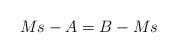
LaTeX: \begin{align*}Ms-A=B-Ms\end{align*}